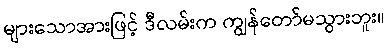
များသောအားဖြင့် ဒီလမ်းက ကျွန်တော်မသွားဘူး။